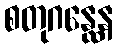
စတုဂန္ထေန